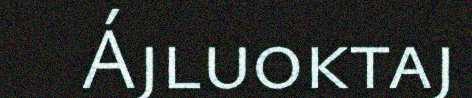
Ájluoktaj